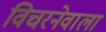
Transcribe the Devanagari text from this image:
विचरनेवाला